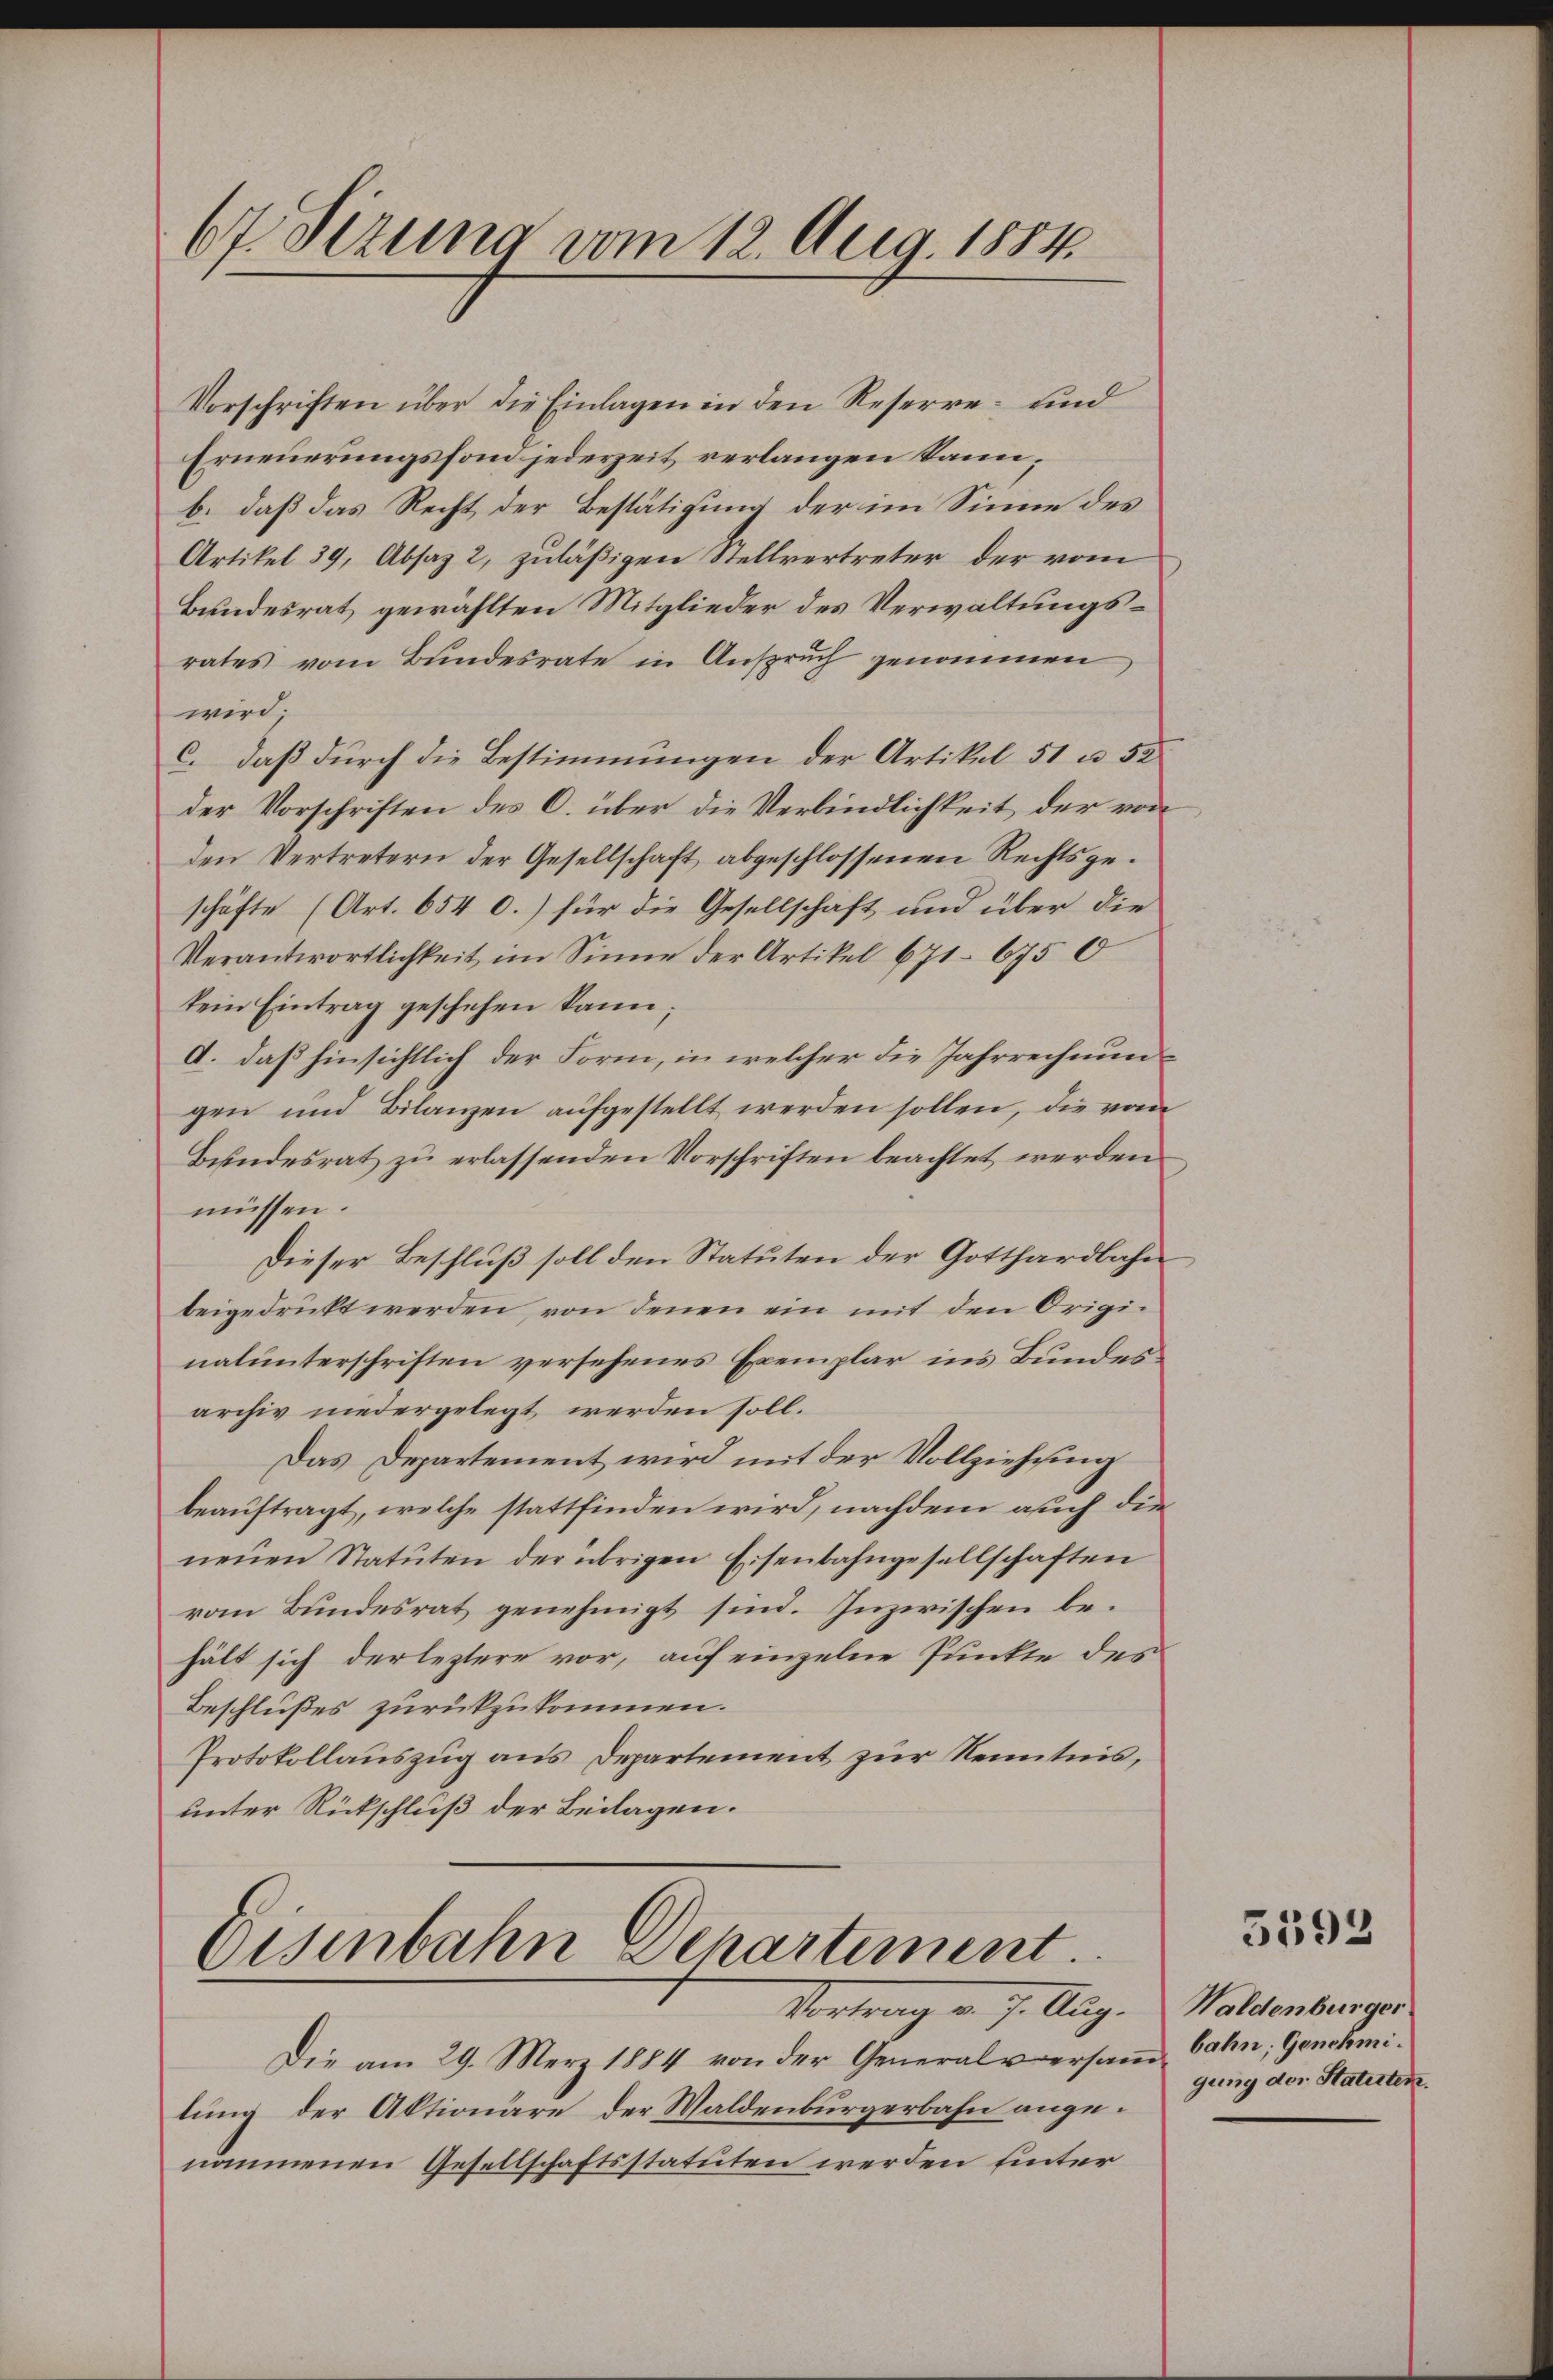
67. Dezung vom 12. Aug. 1884.

Vorschriften über die Einlagen in den Reserre- und
Erneuerungsfond jederzeit verlangen kann;
b. daß das Recht der Bestätigung der im Sinne des
Artikel 39, Absaz 2, zuläßigen Stellvertreter der vom
Bundesrat gewählten Mitglieder des Verwaltungsrates vom Bundesrate in Anspruch genommen,
wird
c. daß durch die Bestimmungen der Artikel 51 u. 52
der Vorschriften des C. über die Verbindlichkeit der von
den Vertretern der Gesellschaft abgeschlossenen Rechtsgeschäfte (Art. 654 0.) für die Gesellschaft und über die
Verantwortlichkeit im Sinne der Artikel 671. 675 0
kein Eintrag geschehen kann;
A. daß hinsichtlich der Form, in welcher die Jahrrechnungen und Bilanzen aŭfgestellt werden sollen, die vom
Bundesrat zu erlassenden Vorschriften beachtet werden.
müssen.
Dieser Beschluß soll den Statuten der Gotthardbahn
beigedruckt werden, von denen ein mit den Originalunterschriften versehenes Exemplar ins Bundesarchiv niedergelegt werden soll.
Das Departement wird mit der Vollziehung
beauftragt, welche stattfinden wird, nachdem auch die
neŭen Statuten der übrigen Eisenbahngesellschaften
vom Bundesrat genehmigt sind. Inzwischen behält sich der leztere vor, auf einzelne Punkte des
Beschlußes zurückzukommen.
Protokollauszug aus Departement zur Kenntnis,
unter Rückschluß der Beilagen.

Oisenbahn Departement.
Vortrag v. 7. Aug.

Die am 29. März 1884 von der Generalversam bahn, Genehmilung der Aktionäre der Waldenburgerbahn angenommenen Gesellschaftsstatuten werden hinter

5593

Waldenburger
gung der Statuten.